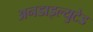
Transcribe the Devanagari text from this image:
अनडाइल्युटेड